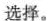
选择。